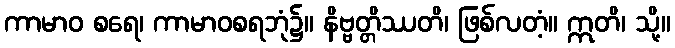
ကာမာဝ စရေ၊ ကာမာဝစရဘုံ၌။ နိဗ္ဗတ္တိဿတိ၊ ဖြစ်လတံ့။ ဣတိ၊ သို့။